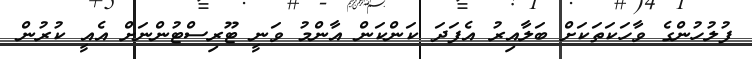
ފުލުހުންގެ ވާހަކަތަކަށް ބަލާއިރު އެފަދަ ކަންކަން އާންމު ވަނީ ޓޫރިސްޓުންނަށް އެއީ ކުރުން